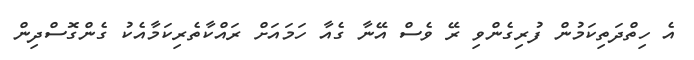
އެ ހިތްދަތިކަމުން ފުރިގެންވި ރޭ ވެސް އޭނާ ގެއާ ހަމައަށް ރައްކާތެރިކަމާއެކު ގެންގޮސްދިން